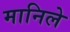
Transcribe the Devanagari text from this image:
मानिले